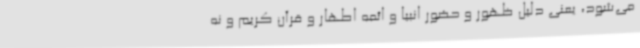
می‌شود، یعنی دلیل ظهور و حضور انبیا و ائمه اطهار و قرآن کریم و نه